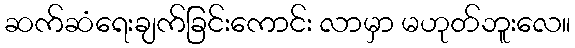
ဆက်ဆံရေးချက်ခြင်းကောင်း လာမှာ မဟုတ်ဘူးလေ။